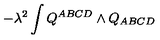
- \lambda ^ { 2 } \int Q ^ { A B C D } \wedge Q _ { A B C D } \label E